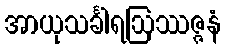
အာယုသင်္ခါရဩဿဇ္ဇနံ